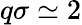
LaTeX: q\sigma\simeq 2